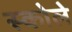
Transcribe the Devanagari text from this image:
स्कोले